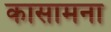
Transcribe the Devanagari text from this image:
कासामना